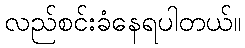
လည်စင်းခံနေရပါတယ်။